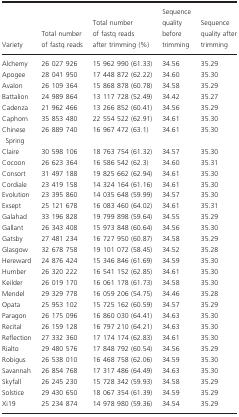
<table><thead><tr><td><b>Variety</b></td><td><b>Total number of fastq reads</b></td><td><b>Total number of fastq reads after trimming (%)</b></td><td><b>Sequence quality before trimming</b></td><td><b>Sequence quality after trimming</b></td></tr></thead><tbody><tr><td>Alchemy</td><td>26 027 926</td><td>15 962 990 (61.33)</td><td>34.56</td><td>35.29</td></tr><tr><td>Apogee</td><td>28 041 950</td><td>17 448 872 (62.22)</td><td>34.60</td><td>35.30</td></tr><tr><td>Avalon</td><td>26 109 364</td><td>15 868 878 (60.78)</td><td>34.58</td><td>35.29</td></tr><tr><td>Battalion</td><td>24 989 864</td><td>13 117 728 (52.49)</td><td>34.42</td><td>35.27</td></tr><tr><td>Cadenza</td><td>21 962 466</td><td>13 266 852 (60.41)</td><td>34.56</td><td>35.29</td></tr><tr><td>Caphorn</td><td>35 853 480</td><td>22 554 522 (62.91)</td><td>34.61</td><td>35.30</td></tr><tr><td>Chinese Spring</td><td>26 889 740</td><td>16 967 472 (63.1)</td><td>34.61</td><td>35.30</td></tr><tr><td>Claire</td><td>30 598 106</td><td>18 763 754 (61.32)</td><td>34.57</td><td>35.30</td></tr><tr><td>Cocoon</td><td>26 623 364</td><td>16 586 542 (62.3)</td><td>34.60</td><td>35.31</td></tr><tr><td>Consort</td><td>31 497 188</td><td>19 825 662 (62.94)</td><td>34.61</td><td>35.30</td></tr><tr><td>Cordiale</td><td>23 419 158</td><td>14 324 164 (61.16)</td><td>34.61</td><td>35.30</td></tr><tr><td>Evolution</td><td>23 395 860</td><td>14 035 648 (59.99)</td><td>34.57</td><td>35.30</td></tr><tr><td>Exsept</td><td>25 121 678</td><td>16 083 460 (64.02)</td><td>34.61</td><td>35.31</td></tr><tr><td>Galahad</td><td>33 196 828</td><td>19 799 898 (59.64)</td><td>34.55</td><td>35.29</td></tr><tr><td>Gallant</td><td>26 343 408</td><td>15 973 848 (60.64)</td><td>34.56</td><td>35.30</td></tr><tr><td>Gatsby</td><td>27 481 234</td><td>16 727 950 (60.87)</td><td>34.58</td><td>35.29</td></tr><tr><td>Glasgow</td><td>32 678 758</td><td>19 101 072 (58.45)</td><td>34.52</td><td>35.28</td></tr><tr><td>Hereward</td><td>24 876 424</td><td>15 346 846 (61.69)</td><td>34.59</td><td>35.30</td></tr><tr><td>Humber</td><td>26 320 222</td><td>16 541 152 (62.85)</td><td>34.61</td><td>35.30</td></tr><tr><td>Keilder</td><td>26 019 170</td><td>16 061 178 (61.73)</td><td>34.58</td><td>35.30</td></tr><tr><td>Mendel</td><td>29 329 778</td><td>16 059 206 (54.75)</td><td>34.46</td><td>35.28</td></tr><tr><td>Opata</td><td>25 953 102</td><td>15 725 162 (60.59)</td><td>34.57</td><td>35.29</td></tr><tr><td>Paragon</td><td>26 175 096</td><td>16 860 030 (64.41)</td><td>34.63</td><td>35.30</td></tr><tr><td>Recital</td><td>26 159 128</td><td>16 797 210 (64.21)</td><td>34.63</td><td>35.30</td></tr><tr><td>Reflection</td><td>27 332 360</td><td>17 174 174 (62.83)</td><td>34.61</td><td>35.30</td></tr><tr><td>Rialto</td><td>29 480 576</td><td>17 848 792 (60.54)</td><td>34.56</td><td>35.29</td></tr><tr><td>Robigus</td><td>26 538 010</td><td>16 468 758 (62.06)</td><td>34.59</td><td>35.30</td></tr><tr><td>Savannah</td><td>26 854 768</td><td>17 317 486 (64.49)</td><td>34.63</td><td>35.30</td></tr><tr><td>Skyfall</td><td>26 245 230</td><td>15 728 342 (59.93)</td><td>34.58</td><td>35.29</td></tr><tr><td>Solstice</td><td>29 430 650</td><td>18 067 354 (61.39)</td><td>34.59</td><td>35.29</td></tr><tr><td>Xi19</td><td>25 234 874</td><td>14 978 980 (59.36)</td><td>34.54</td><td>35.29</td></tr></tbody></table>